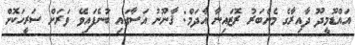
އައްޑޫމީދޫ ދާއިރާގެ މެންބަރު ރޮޒައިނާ އާދަމް: ޤާނޫނު އަސާގައި ބުނެފައިވޭ ވަރަށް ސަރީހަކޮށް